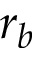
r _ { b }